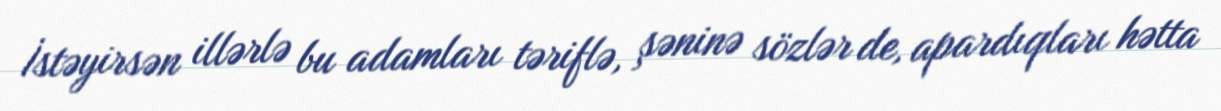
İstəyirsən illərlə bu adamları təriflə, şəninə sözlər de, apardıqları hətta